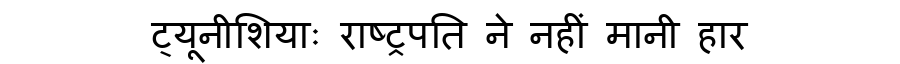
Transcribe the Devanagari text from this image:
ट्यूनीशियाः राष्ट्रपति ने नहीं मानी हार